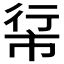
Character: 𪩵